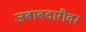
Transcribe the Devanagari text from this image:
जबाबदारीवर